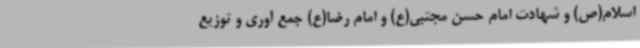
اسلام(ص) و شهادت امام حسن مجتبی(ع) و امام رضا(ع) جمع آوری و توزیع